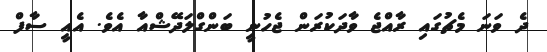
ދެ ވަނަ މެޗުގައި ރާއްޖެ ވާދަކުރަން ޖެހުނީ ބަންގްލަދޭޝްއާ އެވެ. އެއީ ސާފް